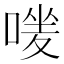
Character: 𠹐